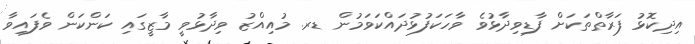
އިދިކޮޅު ފަރާތްތަކަށް ފާޑިވިދާޅުވެ ވާހަކަފުޅުދައްކަވަމުން ޑރ. މުއިއްޒު ވިދާޅުވީ މާޒީގައި ކަންކަން ވެފައިވާ